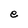
Character: e